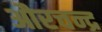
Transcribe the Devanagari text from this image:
औरचन्द्र